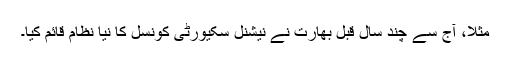
مثلاً، آج سے چند سال قبل بھارت نے نیشنل سکیورٹی کونسل کا نیا نظام قائم کیا۔